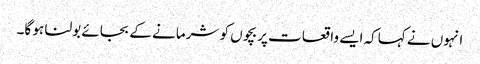
انہوں نے کہاکہ ایسے واقعات پر بچوں کو شرمانے کے بجائے بولنا ہو گا۔